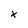
Character: x